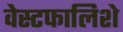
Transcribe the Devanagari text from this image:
वेस्टफालिशे